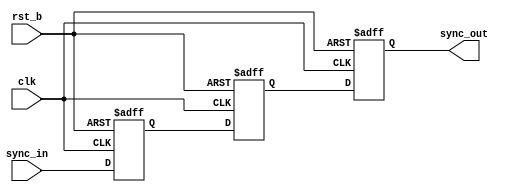
/*Copyright 2019-2021 T-Head Semiconductor Co., Ltd.

Licensed under the Apache License, Version 2.0 (the "License");
you may not use this file except in compliance with the License.
You may obtain a copy of the License at

    http://www.apache.org/licenses/LICENSE-2.0

Unless required by applicable law or agreed to in writing, software
distributed under the License is distributed on an "AS IS" BASIS,
WITHOUT WARRANTIES OR CONDITIONS OF ANY KIND, either express or implied.
See the License for the specific language governing permissions and
limitations under the License.
*/

module sync_level2level(
  clk,
  rst_b,
  sync_in,
  sync_out
);

parameter SIGNAL_WIDTH = 1;
parameter FLOP_NUM     = 3;

input          clk;
input          rst_b;
input   [SIGNAL_WIDTH-1:0]   sync_in;
output  [SIGNAL_WIDTH-1:0]   sync_out;

reg     [SIGNAL_WIDTH-1:0]  sync_ff[FLOP_NUM-1:0];

wire           clk;
wire           rst_b;
wire    [SIGNAL_WIDTH-1:0]   sync_in;
wire    [SIGNAL_WIDTH-1:0]   sync_out;


genvar i;

always @ (posedge clk or negedge rst_b)
begin
  if (!rst_b)
    sync_ff[0][SIGNAL_WIDTH-1:0] <= {SIGNAL_WIDTH{1'b0}};
  else
    sync_ff[0][SIGNAL_WIDTH-1:0] <= sync_in[SIGNAL_WIDTH-1:0];
end


generate
for (i = 1; i < FLOP_NUM; i = i+1)
begin: FLOP_GEN
  always @ (posedge clk or negedge rst_b)
  begin
    if (!rst_b)
      sync_ff[i][SIGNAL_WIDTH-1:0] <= {SIGNAL_WIDTH{1'b0}};
    else
      sync_ff[i][SIGNAL_WIDTH-1:0] <= sync_ff[i-1][SIGNAL_WIDTH-1:0];
  end
end
endgenerate

assign sync_out[SIGNAL_WIDTH-1:0] = sync_ff[FLOP_NUM-1][SIGNAL_WIDTH-1:0];


endmodule